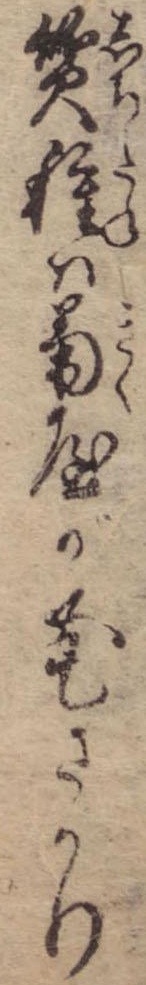
質種は菊屋が花さかり